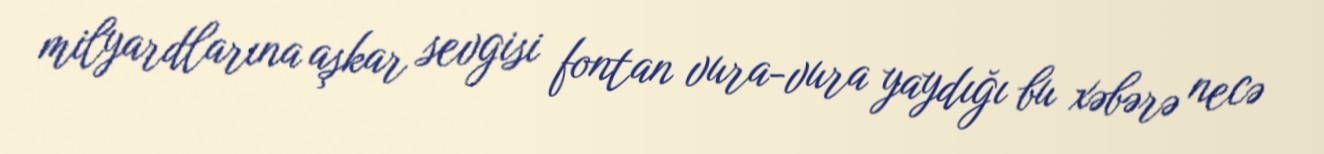
milyardlarına aşkar sevgisi fontan vura-vura yaydığı bu xəbərə necə